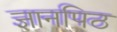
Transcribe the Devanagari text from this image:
ज्ञानपिठ